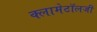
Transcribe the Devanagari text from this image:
क्लामेटॉलजी